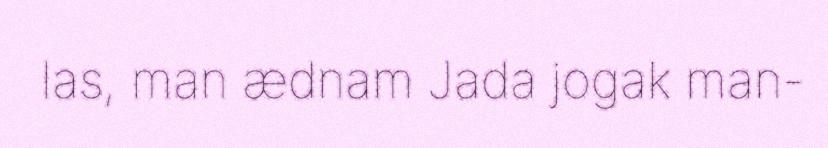
las, man ædnam Jada jogak man-